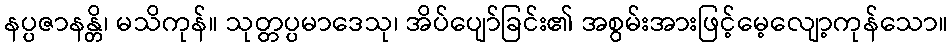
နပ္ပဇာနန္တိ၊ မသိကုန်။ သုတ္တပ္ပမာဒေသု၊ အိပ်ပျော်ခြင်း၏ အစွမ်းအားဖြင့်မေ့လျော့ကုန်သော။